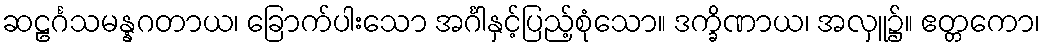
ဆဠင်္ဂသမန္နဂတာယ၊ ခြောက်ပါးသော အင်္ဂါနှင့်ပြည့်စုံသော။ ဒက္ခိဏာယ၊ အလှူ၌။ ဧတ္တကော၊